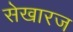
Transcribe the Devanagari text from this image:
सेखारज